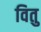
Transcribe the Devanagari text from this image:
वितु